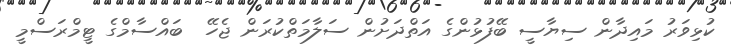
ކުޅިވަރު މައިދާން ސިޔާސީ ބޭފުޅުންގެ އަތްދަށުން ސަލާމަތްކުރަން ޖެހޭ  ބައްސާމްގެ ޓީމްރަސްމީ